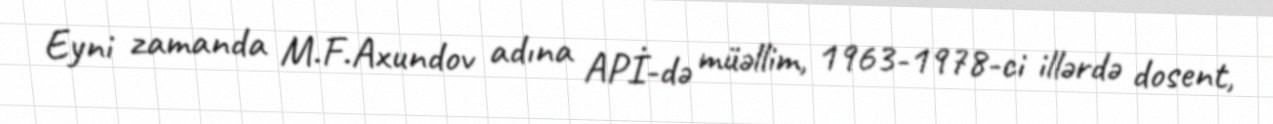
Eyni zamanda M.F.Axundov adına APİ-də müəllim, 1963-1978-ci illərdə dosent,